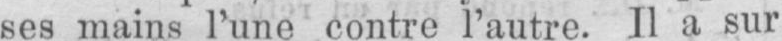
ses mains l’une contre l’autre. Il a sur